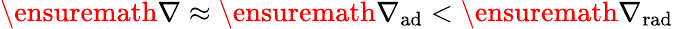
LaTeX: \ensuremath{\nabla}\approx\ensuremath{\nabla_{\mathrm{{ad}}}}<\ensuremath{\nabla_{\mathrm{{rad}}}}